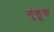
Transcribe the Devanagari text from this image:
गुंड्रूक